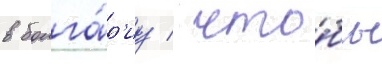
в болга́р'иу / что́бы